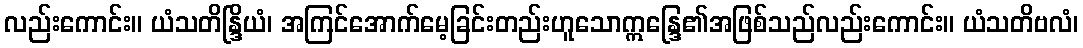
လည်းကောင်း။ ယံသတိန္ဒြိယံ၊ အကြင်အောက်မေ့ခြင်းတည်းဟူသောဣန္ဒြေ၏အဖြစ်သည်လည်းကောင်း။ ယံသတိဗလံ၊